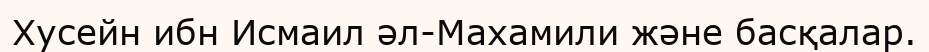
Хусейн ибн Исмаил әл-Махамили және басқалар.